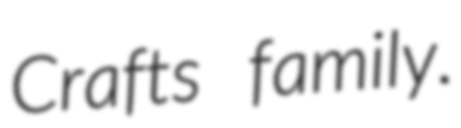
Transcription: Crafts family.